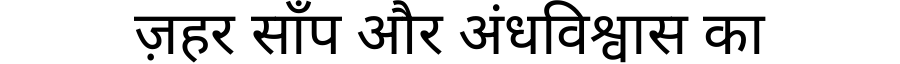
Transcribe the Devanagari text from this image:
ज़हर साँप और अंधविश्वास का